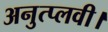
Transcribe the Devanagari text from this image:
अनुत्प्लवी।